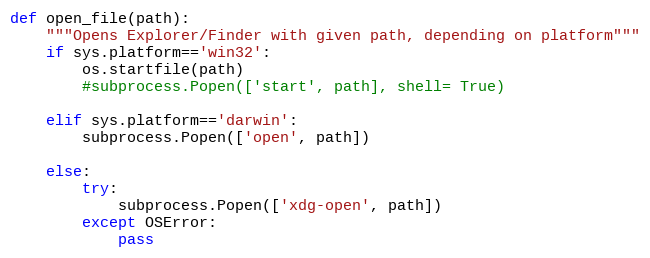
Language: Python
def open_file(path):
    """Opens Explorer/Finder with given path, depending on platform"""
    if sys.platform=='win32':
        os.startfile(path)
        #subprocess.Popen(['start', path], shell= True)

    elif sys.platform=='darwin':
        subprocess.Popen(['open', path])

    else:
        try:
            subprocess.Popen(['xdg-open', path])
        except OSError:
            pass